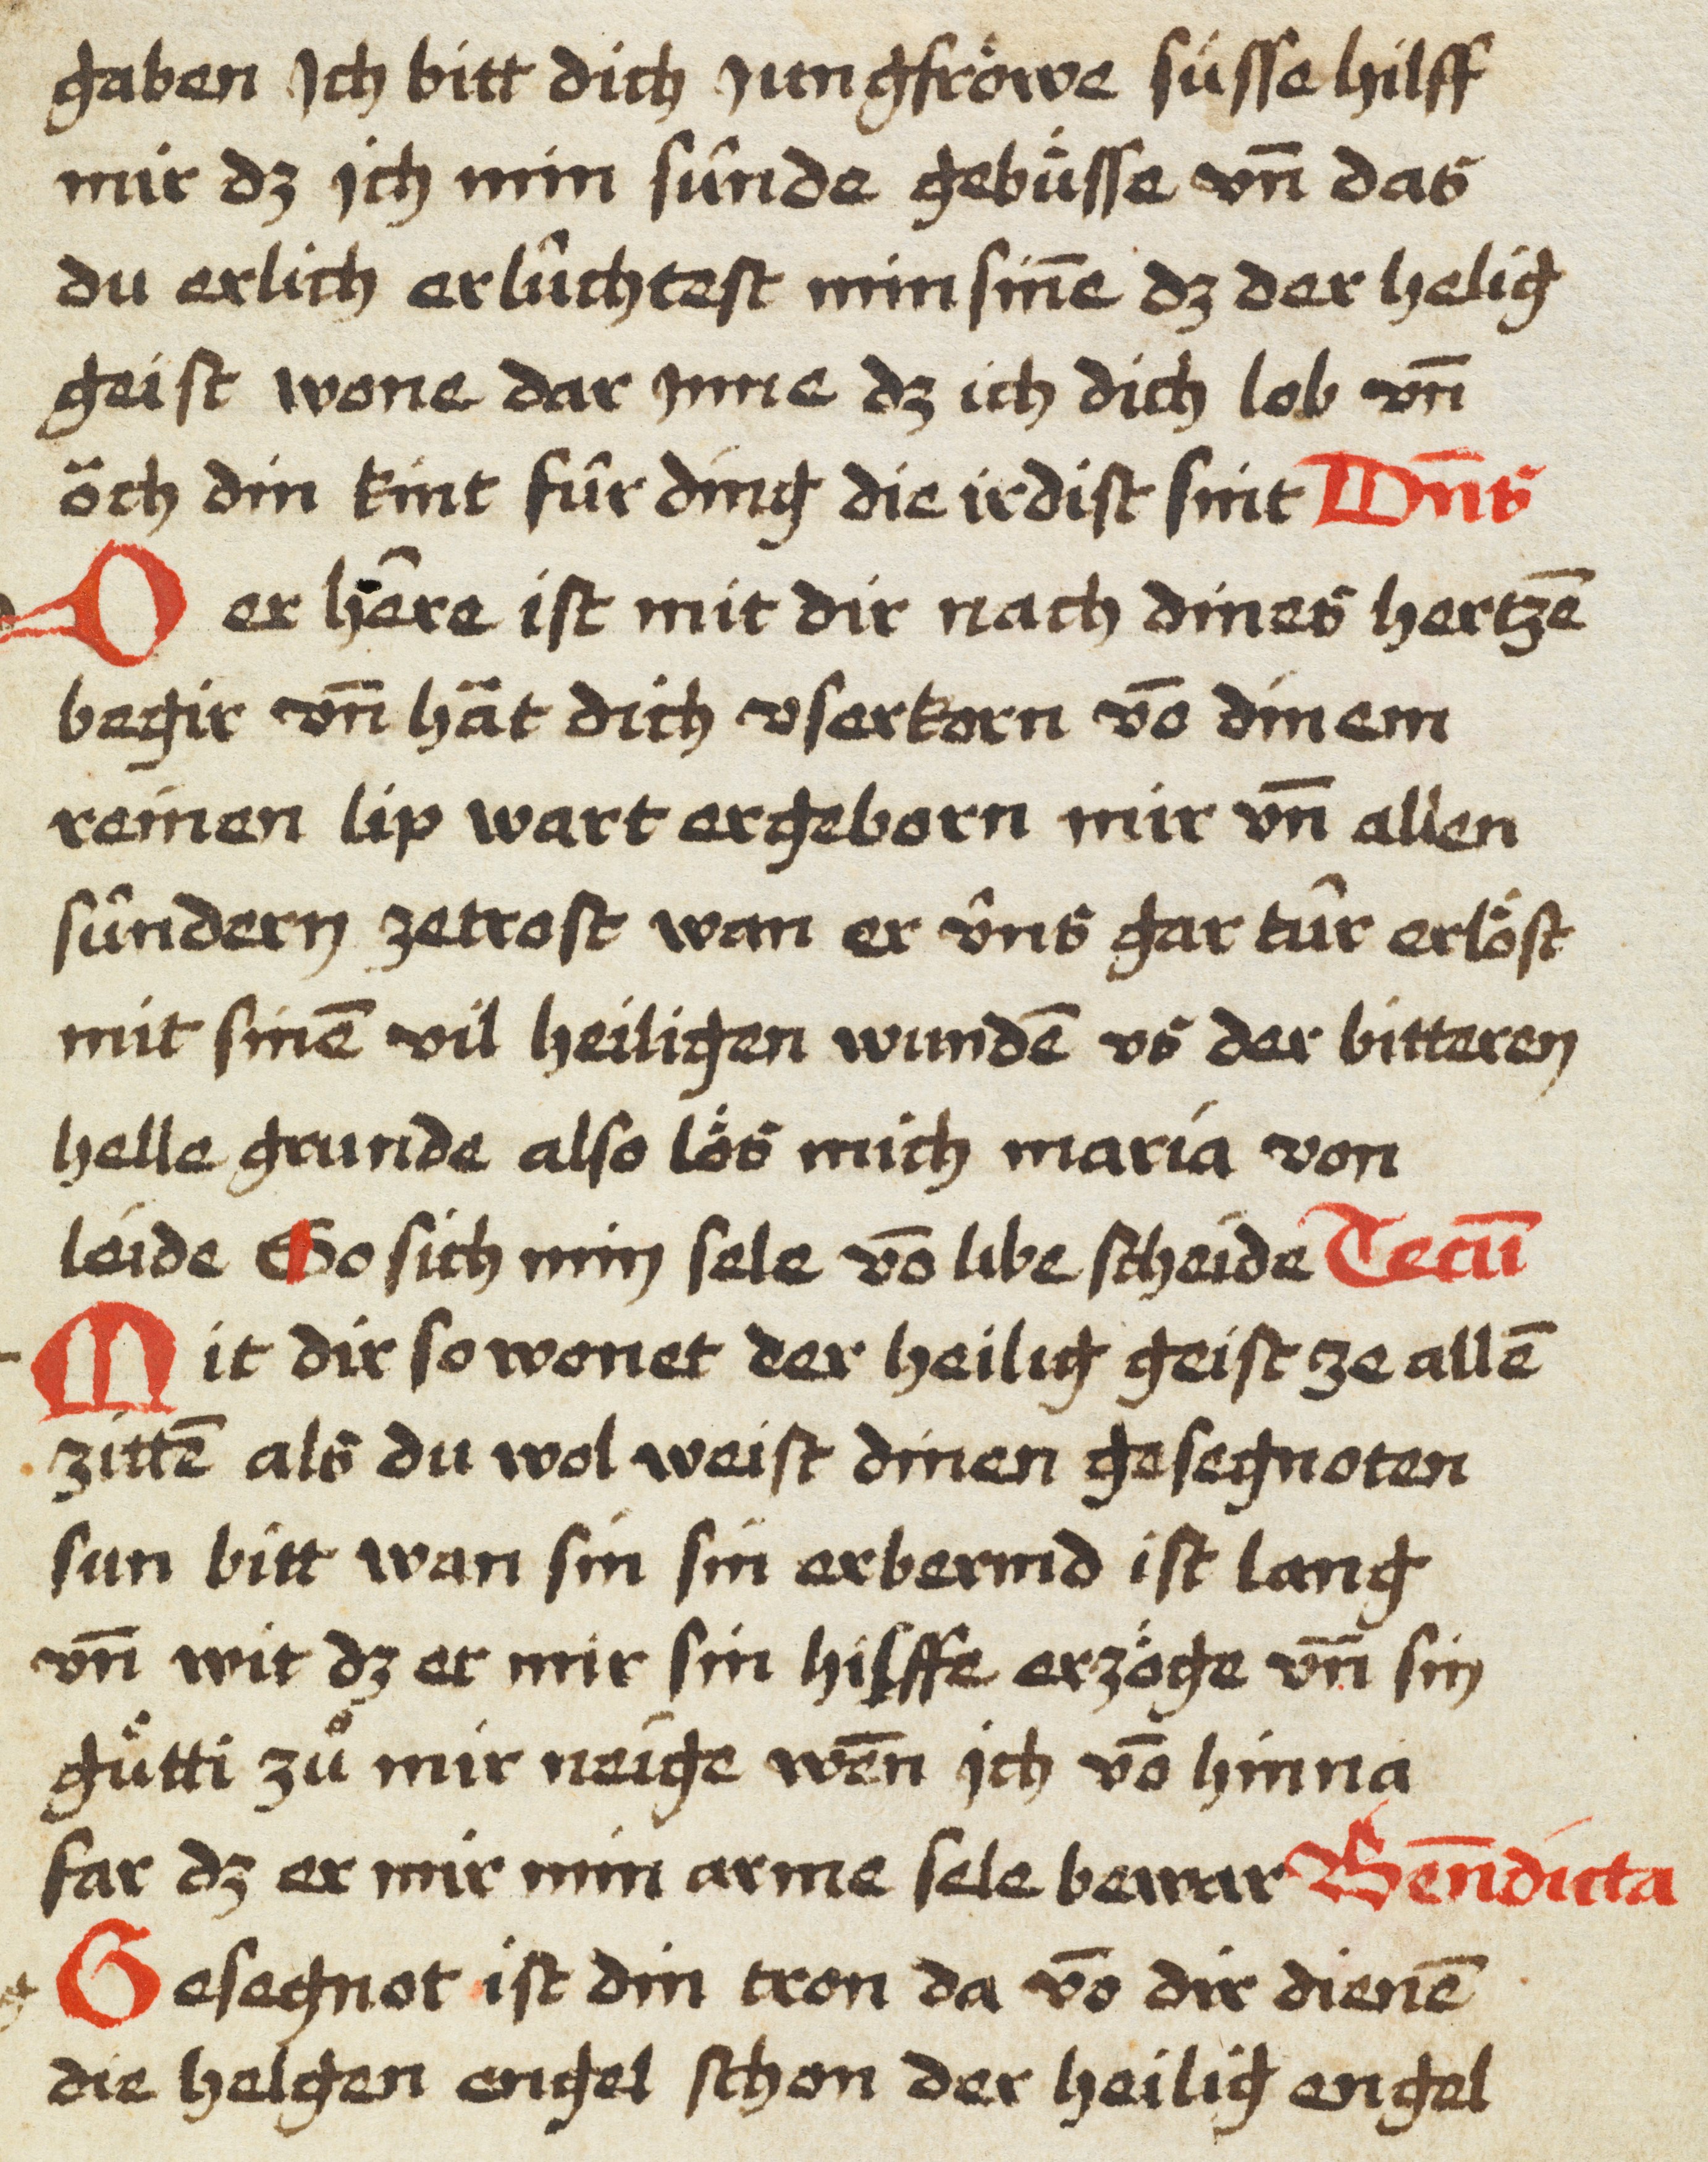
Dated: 1450–1499